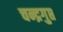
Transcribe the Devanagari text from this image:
चन्द्रगुप्त